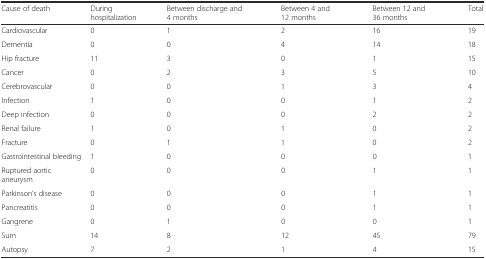
| Cause of death | During hospitalization | Between discharge and 4 months | Between 4 and 12 months | Between 12 and 36 months | Total |
 | --- | --- | --- | --- | --- | --- |
 | Cardiovascular | 0 | 1 | 2 | 16 | 19 |
 | Dementia | 0 | 0 | 4 | 14 | 18 |
 | Hip fracture | 11 | 3 | 0 | 1 | 15 |
 | Cancer | 0 | 2 | 3 | 5 | 10 |
 | Cerebrovascular | 0 | 0 | 1 | 3 | 4 |
 | Infection | 1 | 0 | 0 | 1 | 2 |
 | Deep infection | 0 | 0 | 0 | 2 | 2 |
 | Renal failure | 1 | 0 | 1 | 0 | 2 |
 | Fracture | 0 | 1 | 1 | 0 | 2 |
 | Gastrointestinal bleeding | 1 | 0 | 0 | 0 | 1 |
 | Ruptured aortic aneurysm | 0 | 0 | 0 | 1 | 1 |
 | Parkinson’s disease | 0 | 0 | 0 | 1 | 1 |
 | Pancreatitis | 0 | 0 | 0 | 1 | 1 |
 | Gangrene | 0 | 1 | 0 | 0 | 1 |
 | Sum | 14 | 8 | 12 | 45 | 79 |
 | Autopsy | 7 | 2 | 1 | 4 | 15 |